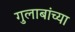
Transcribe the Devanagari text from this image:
गुलाबांच्या